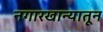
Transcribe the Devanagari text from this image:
नगारखान्यातून